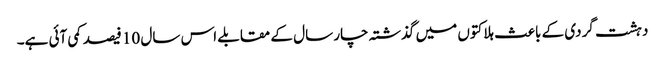
دہشت گردی کے باعث ہلاکتوں میں گذشتہ چار سال کے مقابلے اس سال 10 فیصد کمی آئی ہے۔